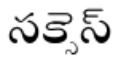
సక్సెస్